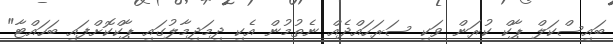
ބައިސްކަލް ޕާކް ކުރަން ވަކި ސަރަހައްދެއް ނެތުމުން އެކި ދިމަދިމާލުގައި ޕާކްކޮށްފައި ބަހައްޓާ"